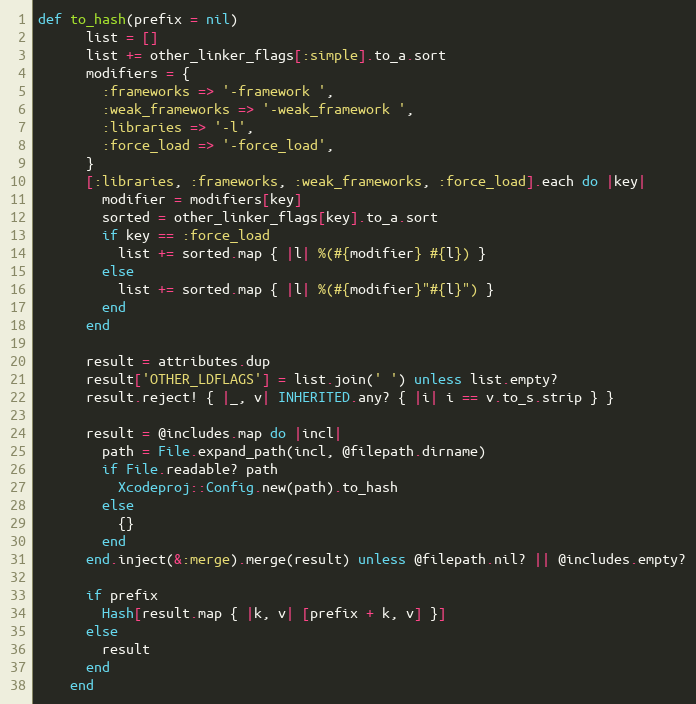
Language: Ruby
def to_hash(prefix = nil)
      list = []
      list += other_linker_flags[:simple].to_a.sort
      modifiers = {
        :frameworks => '-framework ',
        :weak_frameworks => '-weak_framework ',
        :libraries => '-l',
        :force_load => '-force_load',
      }
      [:libraries, :frameworks, :weak_frameworks, :force_load].each do |key|
        modifier = modifiers[key]
        sorted = other_linker_flags[key].to_a.sort
        if key == :force_load
          list += sorted.map { |l| %(#{modifier} #{l}) }
        else
          list += sorted.map { |l| %(#{modifier}"#{l}") }
        end
      end

      result = attributes.dup
      result['OTHER_LDFLAGS'] = list.join(' ') unless list.empty?
      result.reject! { |_, v| INHERITED.any? { |i| i == v.to_s.strip } }

      result = @includes.map do |incl|
        path = File.expand_path(incl, @filepath.dirname)
        if File.readable? path
          Xcodeproj::Config.new(path).to_hash
        else
          {}
        end
      end.inject(&:merge).merge(result) unless @filepath.nil? || @includes.empty?

      if prefix
        Hash[result.map { |k, v| [prefix + k, v] }]
      else
        result
      end
    end